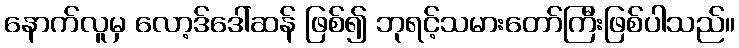
နောက်လူမှ လော့ဒ်ဒေါ်ဆန် ဖြစ်၍ ဘုရင့်သမားတော်ကြီးဖြစ်ပါသည်။